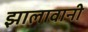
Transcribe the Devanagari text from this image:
झालावानी